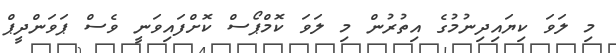
މި ލަވަ ކިޔައިދިނުމުގެ އިތުރުން މި ލަވަ ކޮމްޕޯސް ކޮށްފައިވަނީ ވެސް ޕަވަންދީޕް